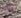
بعد